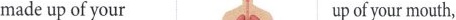
made up of your up of your mouth,